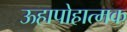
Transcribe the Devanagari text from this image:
ऊहापोहात्मक